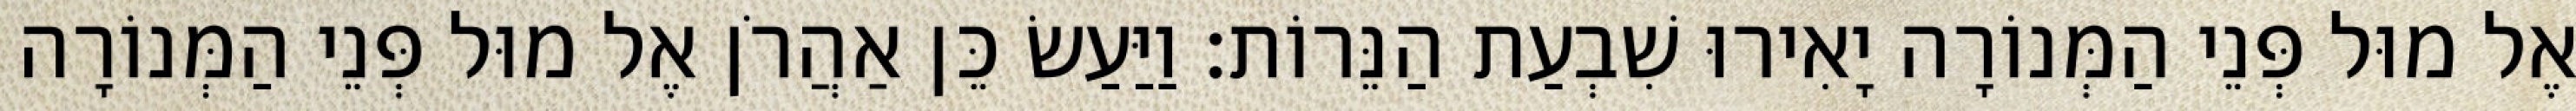
אֶל מוּל פְּנֵי הַמְּנוֹרָה יָאִירוּ שִׁבְעַת הַנֵּרוֹת׃ וַיַּעַשׂ כֵּן אַהֲרֹן אֶל מוּל פְּנֵי הַמְּנוֹרָה